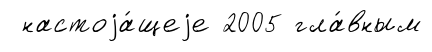
настоjа́щеjе 2005 гла́вным